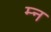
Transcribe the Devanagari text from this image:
म्न